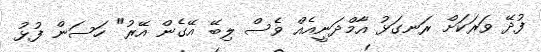
ފުދޭ ވަރަކަށް ރަނގަޅު އާމްދަނީއެއް ވެސް ލިބޭ އޭގެން އޭރު" ހަސަން ފުޅު